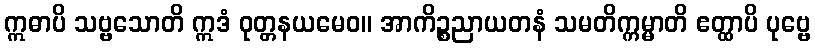
ဣဓာပိ သဗ္ဗသောတိ ဣဒံ ဝုတ္တနယမေဝ။ အာကိဉ္စညာယတနံ သမတိက္ကမ္မာတိ ဧတ္ထာပိ ပုဗ္ဗေ